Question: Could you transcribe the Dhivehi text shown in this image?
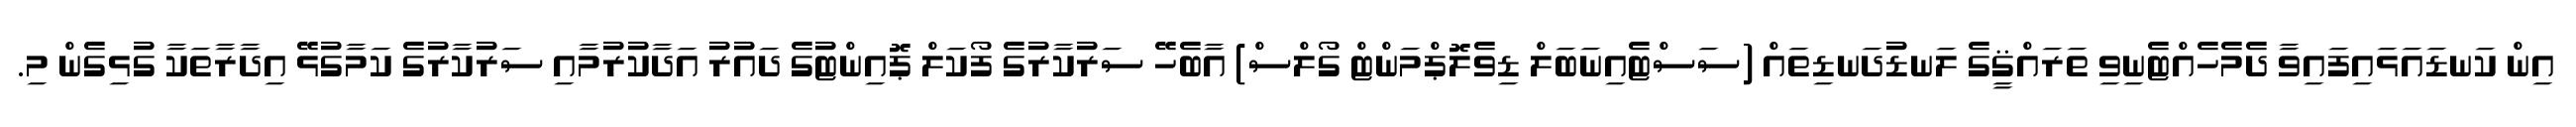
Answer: އިން ކަނޑައަޅައިފައިވާ ދެމެހެއްޓެނިވި ތަރައްޤީގެ ލަނޑުދަނޑިތައް (ސަސްޓެއިނަބަލް ޑިވެލޮޕްމަންޓް ގޯލްސް) އާބެހޭ ސަރުކާރުގެ ފޯކަލް ޕޮއިންޓުގެ ދައުރު އަދާކުރުމާއި ސަރުކާރުގެ ކަމާގުޅޭ އިދާރާތަކާ ގުޅިގެން މި.